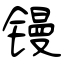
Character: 镘